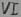
Text: VI